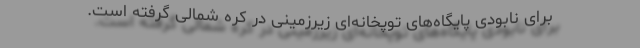
برای نابودی پایگاه‌های توپخانه‌ای زیرزمینی در کره شمالی گرفته است.